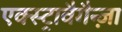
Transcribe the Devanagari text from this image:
एक्स्ट्रावैगैन्ज़ा